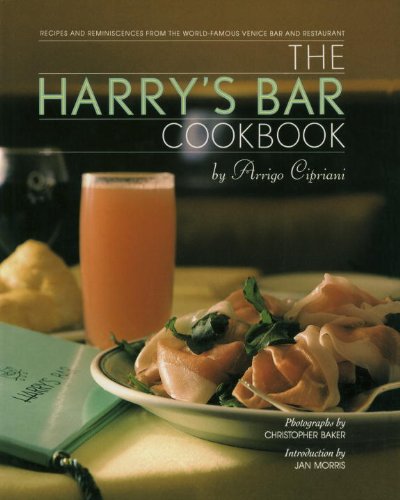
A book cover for Harry's Bar Cookbook; Harry Cipriani; Cookbooks, Food & Wine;